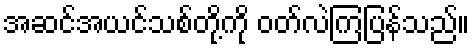
အဆင်အယင်သစ်တို့ကို ဝတ်လဲကြပြန်သည်။